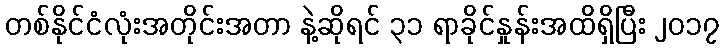
တစ်နိုင်ငံလုံးအတိုင်းအတာ နဲ့ဆိုရင် ၃၁ ရာခိုင်နှုန်းအထိရှိပြီး ၂၀၁၇